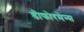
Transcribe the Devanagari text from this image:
डीफोरमेन्स